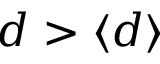
d > \langle d \rangle